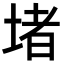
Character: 堵